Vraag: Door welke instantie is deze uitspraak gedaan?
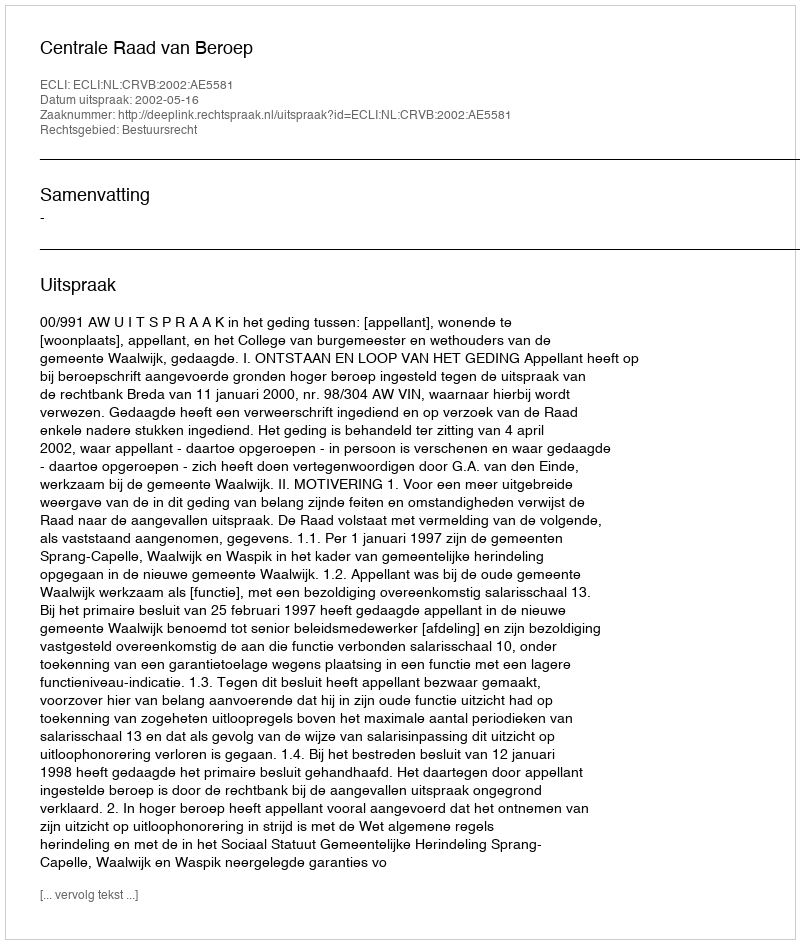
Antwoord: Centrale Raad van Beroep